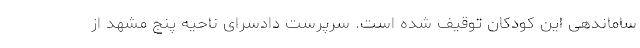
ساماندهی این کودکان توقیف شده است. سرپرست دادسرای ناحیه پنج مشهد از